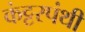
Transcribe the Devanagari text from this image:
कंट्टरपंथी